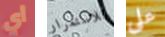
أي للاستمرار على